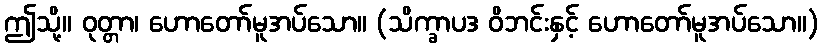
ဤသို့။ ဝုတ္တာ၊ ဟောတော်မူအပ်သော။ (သိက္ခာပဒ ဝိဘင်းနှင့် ဟောတော်မူအပ်သော။)